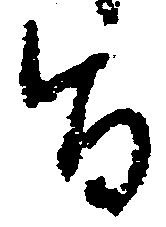
旨